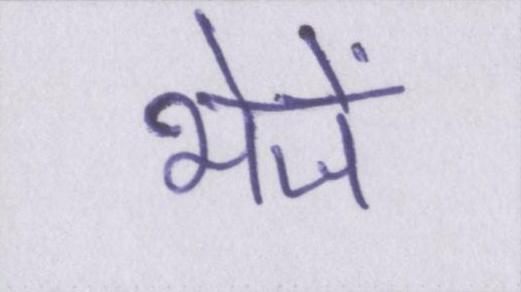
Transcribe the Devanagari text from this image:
भेजें